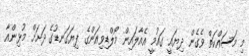
މި މަސައްކަތް ވެގެން ދިޔައީ ގައުމީ އެއާލައިން މޯލްޑިވިއަންގެ ފިޔަގަނޑުގެ ދަށަށް މުޅިންއާ